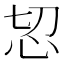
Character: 𢗧